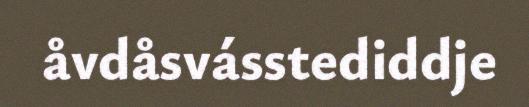
åvdåsvásstediddje